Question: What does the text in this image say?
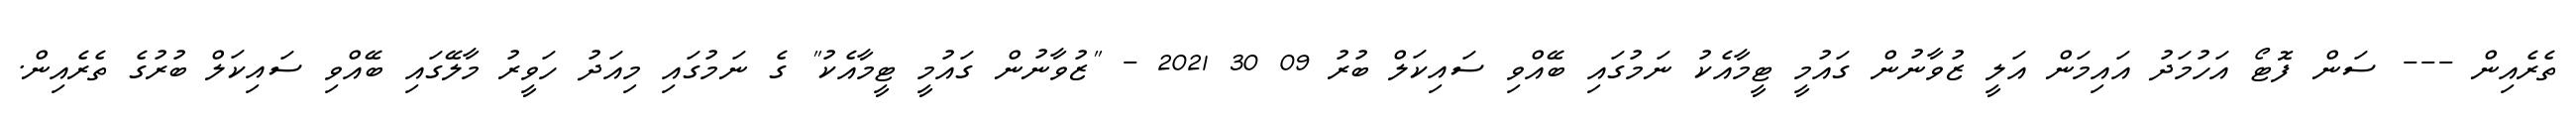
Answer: ތެރެއިން --- ސަން ފޮޓޯ އަހުމަދު އައިމަން އަލީ ޒުވާނުން ގައުމީ ޓީމާއެކު ނަމުގައި ބޭއްވި ސައިކަލް ބުރު 09 30 2021 - "ޒުވާނުން ގައުމީ ޓީމާއެކު" ގެ ނަމުގައި މިއަދު ހަވީރު މާލޭގައި ބޭއްވި ސައިކަލް ބުރުގެ ތެރެއިން.